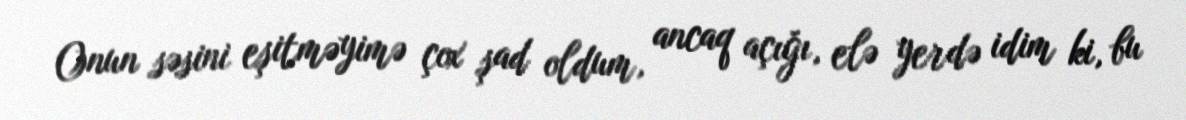
Onun səsini eşitməyimə çox şad oldum, ancaq açığı, elə yerdə idim ki, bu